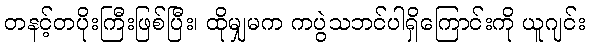
တနင့်တပိုးကြီးဖြစ်ပြီး၊ ထိုမျှမက ကပွဲသဘင်ပါရှိကြောင်းကို ယူဂျင်း